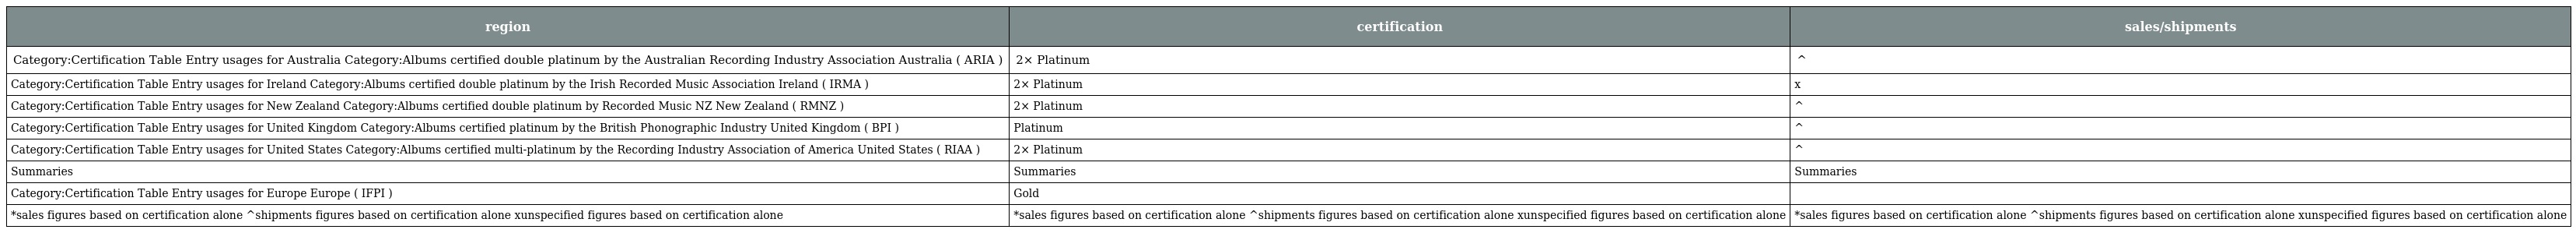
| region | certification | sales/shipments |
 | --- | --- | --- |
 | Category:Certification Table Entry usages for Australia Category:Albums certified double platinum by the Australian Recording Industry Association Australia ( ARIA ) | 2× Platinum | ^ |
 | Category:Certification Table Entry usages for Ireland Category:Albums certified double platinum by the Irish Recorded Music Association Ireland ( IRMA ) | 2× Platinum | x |
 | Category:Certification Table Entry usages for New Zealand Category:Albums certified double platinum by Recorded Music NZ New Zealand ( RMNZ ) | 2× Platinum | ^ |
 | Category:Certification Table Entry usages for United Kingdom Category:Albums certified platinum by the British Phonographic Industry United Kingdom ( BPI ) | Platinum | ^ |
 | Category:Certification Table Entry usages for United States Category:Albums certified multi-platinum by the Recording Industry Association of America United States ( RIAA ) | 2× Platinum | ^ |
 | Summaries | Summaries | Summaries |
 | Category:Certification Table Entry usages for Europe Europe ( IFPI ) | Gold |  |
 | *sales figures based on certification alone ^shipments figures based on certification alone xunspecified figures based on certification alone | *sales figures based on certification alone ^shipments figures based on certification alone xunspecified figures based on certification alone | *sales figures based on certification alone ^shipments figures based on certification alone xunspecified figures based on certification alone |